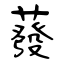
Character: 蕟